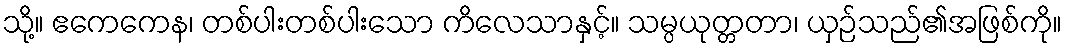
သို့။ ဧကေကေန၊ တစ်ပါးတစ်ပါးသော ကိလေသာနှင့်။ သမ္ပယုတ္တတာ၊ ယှဉ်သည်၏အဖြစ်ကို။